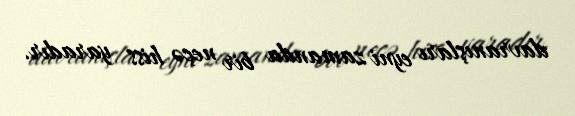
davranışları eyni zamanda bir neçə hiss yaradır.